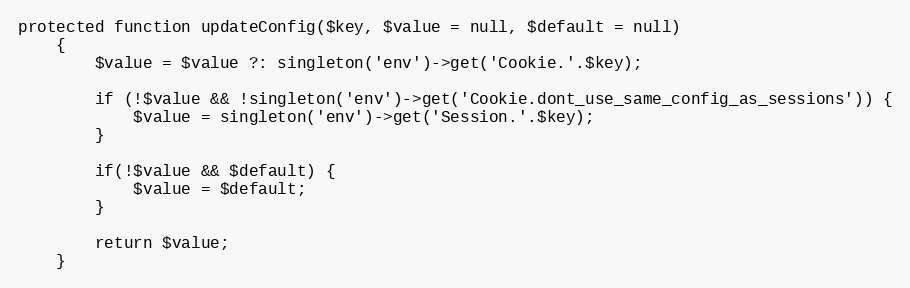
Language: PHP
protected function updateConfig($key, $value = null, $default = null)
    {
        $value = $value ?: singleton('env')->get('Cookie.'.$key);

        if (!$value && !singleton('env')->get('Cookie.dont_use_same_config_as_sessions')) {
            $value = singleton('env')->get('Session.'.$key);
        }

        if(!$value && $default) {
            $value = $default;
        }

        return $value;
    }